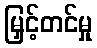
မြှင့်တင်မှု